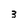
Character: 3